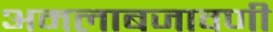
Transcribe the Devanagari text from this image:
अमलाबजावणी